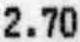
2.70